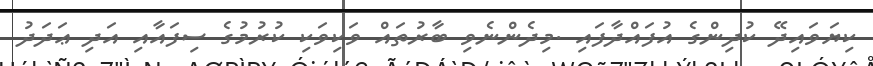
ކިޔަވައިދޭ ކުދިންގެ އުފައްދާފައި .މިދެންނެވި ބާރުތައް ވަކިވަކި ކުރުމުގެ ސިފައާއި އަދި ޢަދަދު